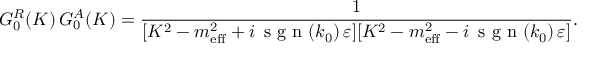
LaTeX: G _ { 0 } ^ { R } ( K ) \, G _ { 0 } ^ { A } ( K ) = \frac { 1 } { [ K ^ { 2 } - m _ { \mathrm { e f f } } ^ { 2 } + i \, \textrm { s g n } ( k _ { 0 } ) \, \varepsilon ] [ K ^ { 2 } - m _ { \mathrm { e f f } } ^ { 2 } - i \, \textrm { s g n } ( k _ { 0 } ) \, \varepsilon ] } .